Lunatic asylums Punjab 1881-1894 - 1881-1894
Year: 1881
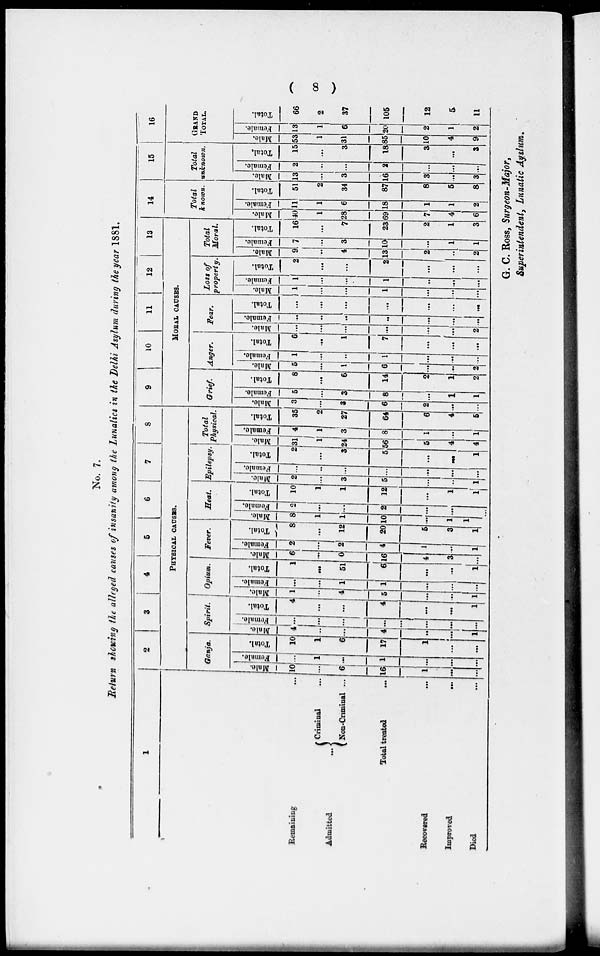
(
8 )
No. 7.
Return showing the alleged causes of insanity among the Lunatics in the Delhi Asylum during the year 1881.
1
Remaining...
Admitted ...
Criminal ...
Non-Criminal ...
Total treated
...
Recovered
...
Improved...
Died ...
2
3
4
5
6
7
8
PHYSICAL CAUSES.
Ganja.
Male.
10
...
6
16
1
...
...
Female.
...
1
...
1
...
... ...
Total.
10
1
6
17
1
...
...
Spirit.
Male.
4
...
...
4
...
... 1
Female.
...
...
...
...
...
... ...
Total.
4
...
...
4
...
... 1
Opium.
Male.
1
... 4
5
...
... 1
Female.
...
... 1
1
...
...
...
Total.
1
... 51
6
...
...
1
Fever.
Male.
6
... 0
16
4
3
...
Female.
2
... 2
4
1
...
1
Total.
8
... 12
20
5
3
1
Heat.
Male.
8
1
1
10
...
1
1
Female.
2
...
...
2
...
...
...
Tot al .
10
1
1
12
...
1
1
Epilepsy.
Mal e.
2
...
3
5
...
...
1
Female.
...
...
...
...
...
...
...
Tot al .
2
...
3
5
...
...
1
Total
Physical.
Mal e.
31
1
24
56
5
4
4
Female.
4
1
3
8
1
5
1
Total.
35
2
27
64
6
4
5
9
10
11
12
13
MORAL CAUSES.
Grief.
Mal e.
3
...
3
6
2
..
..
Femal e.
5
...
3
8
...
1
1
Tot al .
8
...
6
14
2
1
2
Anger.
Mal e.
5
...
1
6
...
...
2
Female.
1
...
..
1
...
...
..
Total.
6
...
1
7
...
...
...
Fear.
Male.
...
...
...
...
...
...
2
Female.
...
...
...
...
...
...
...
Total.
...
...
...
...
...
...
...
Loss of
property.
Male.
1
...
...
1
...
...
...
Female.
1
...
...
1
...
...
...
Total.
2
...
...
2
...
...
...
Total
Moral.
Male.
9
...
4
13
2
..
2
Female.
7
...
3
10
...
1
1
Total.
16
...
7
23
2
1
3
14
Total
known.
Male.
40
1
28
69
7
4
6
Female.
11
1
6
18
1
1
2
Total.
51
2
34
87
8
5
8
15
Total
unknown.
Male.
13
...
3
16
3
...
3
Female.
2
...
...
2
...
...
...
Total.
15
...
3
18
3
...
3
16
GRAND
TOTAL.
Male.
53
1
31
85
10
4
9
Female.
13
1
6
20
2
1
2
Total.
66
2
37
105
12
5
11
G. C. Ross, Surgeon-Major,
Superintendent, Lunatic Ayslum.